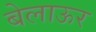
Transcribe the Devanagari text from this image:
बेलाऊर